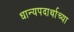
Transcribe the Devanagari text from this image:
धान्यपदार्थाच्या